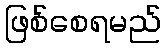
ဖြစ်စေရမည်